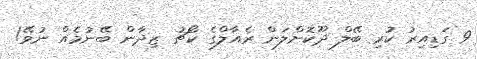
9 ގަޑިއިރު ކުރި ބޭލް ދޫކޮށްލަން ރެއާލްގެ ކޯޗު ޒިދާން ބޭނުމެއް ނުވޭ!